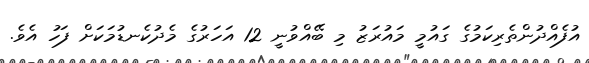
އުފެއްދުންތެރިކަމުގެ ގައުމީ މައުރަޒު މި ބޭއްވުނީ 12 އަހަރުގެ މެދުކެނޑުމަކަށް ފަހު އެވެ.